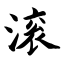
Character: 滚